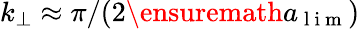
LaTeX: k_{\perp}\approx\pi/(2\ensuremath{a_{\mathrm{~l~i~m~}}})